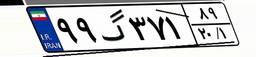
۹۴گ۸۳۲۱۹